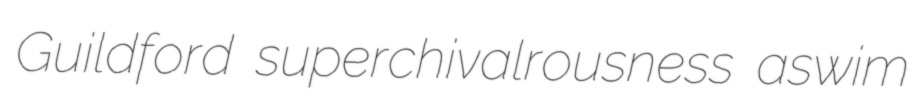
Guildford superchivalrousness aswim